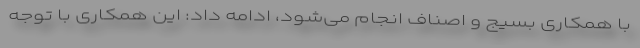
با همکاری بسیج و اصناف انجام می‌شود، ادامه داد: این همکاری با توجه